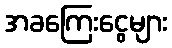
အခကြေးငွေများ